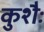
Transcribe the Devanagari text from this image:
कुशैः